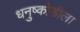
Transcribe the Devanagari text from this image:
धनुष्कोडीला